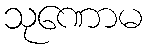
သုဏောမ